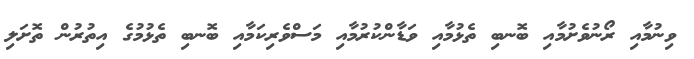
ވިނުމާއި ރޯނުވެށުމާއި ބޮޮނބި ތެޅުމާއި ވަޑާންކުރުމާއި މަސްވެރިކަމާއި ބޮނބި ތެޅުމުގެ އިތުރުން ތޮށަލި